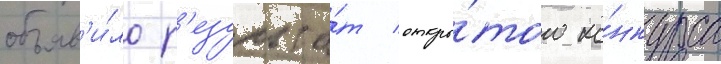
объяв'и́ло р'езульта́т откры́того ко́нкурса